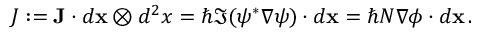
\begin{array} { r } { J : = \mathbf { J } \cdot d { \mathbf { x } } \otimes d ^ { 2 } x = \hbar \Im ( \psi ^ { * } \nabla \psi ) \cdot d { \mathbf { x } } = \hbar N \nabla \phi \cdot d { \mathbf { x } } \, . } \end{array}